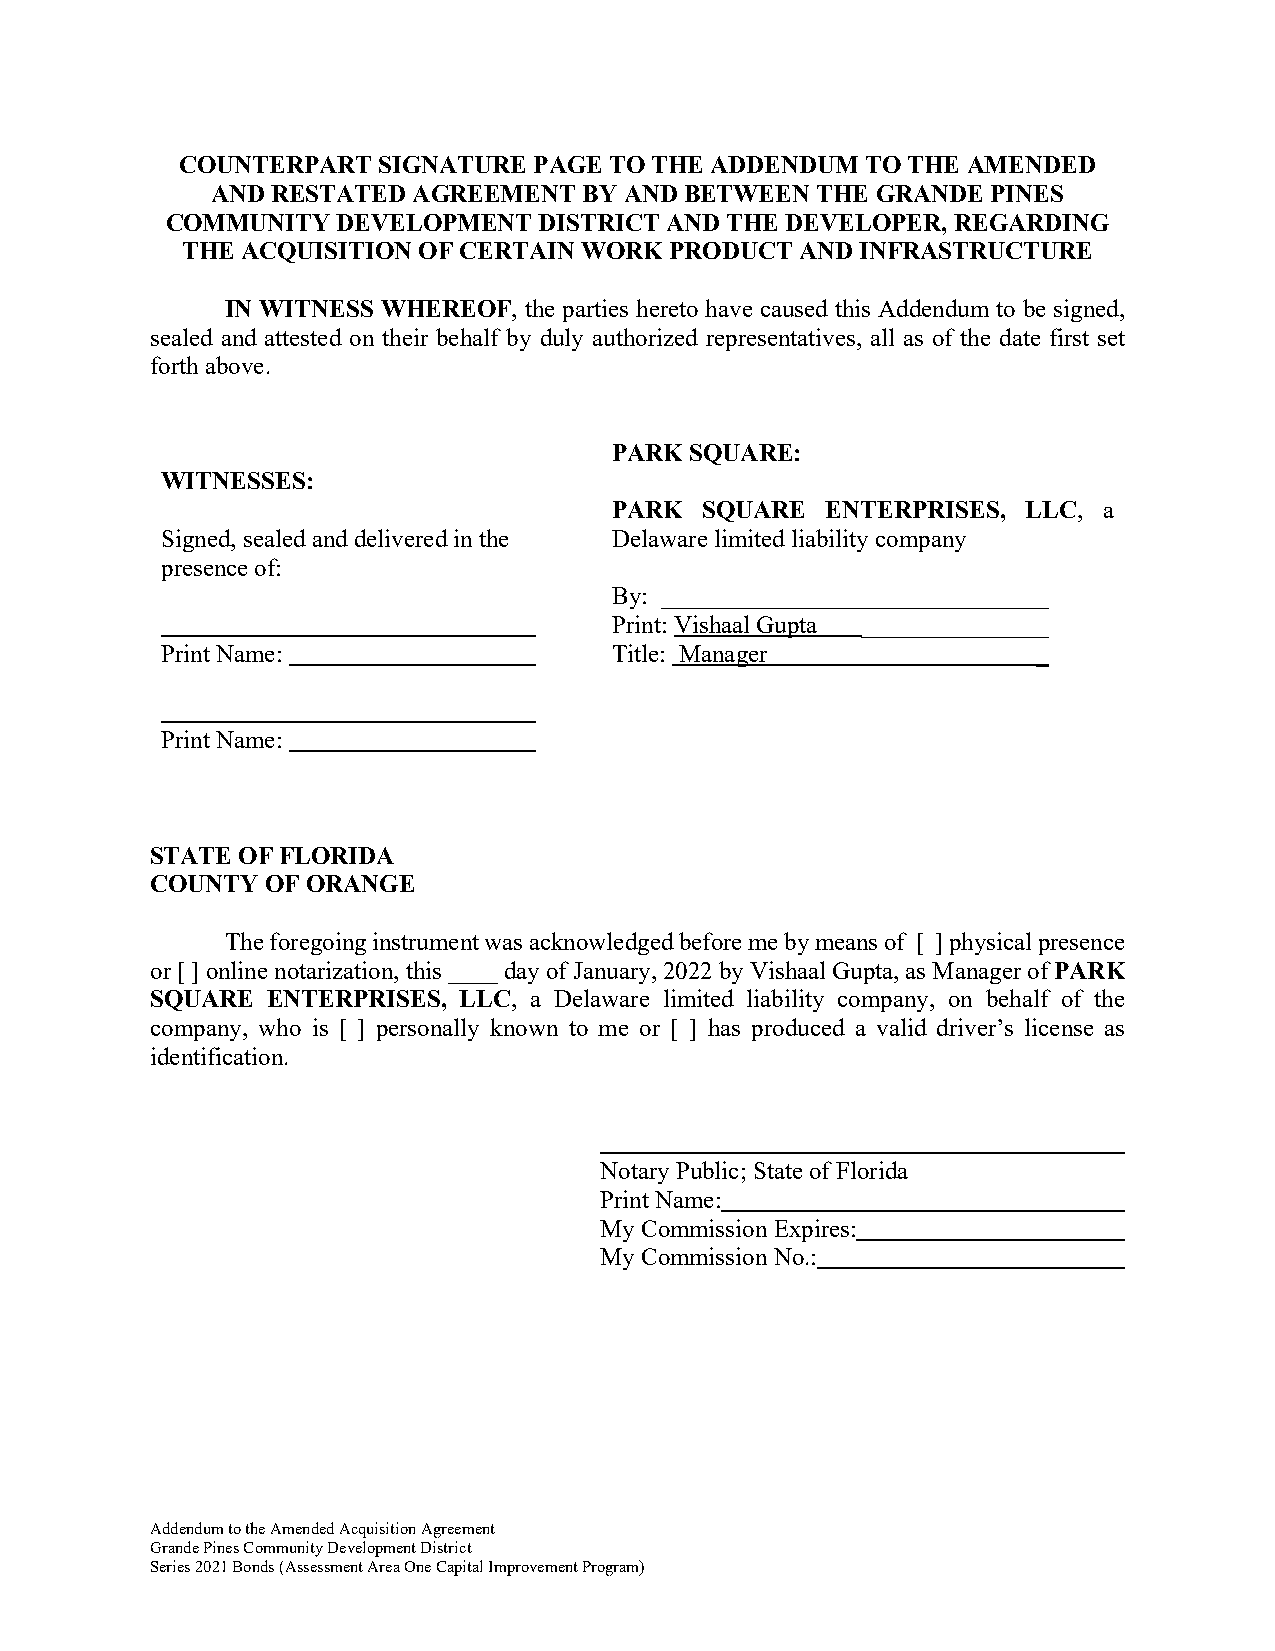
COUNTERPART  SIGNATURE PAGE TO THE ADDENDUM  TO THE AMENDED
 AND RESTATED AGREEMENT   BY AND BETWEEN THE GRANDE  PINES
 COMMUNITY  DEVELOPMENT   DISTRICT AND THE DEVELOPER, REGARDING
 THE ACQUISITION OF CERTAIN WORK PRODUCT  AND INFRASTRUCTURE
 IN WITNESS WHEREOF, the parties hereto have caused this Addendum to be signed,
 sealed and attested on their behalf by duly authorized representatives, all as of the date first set
 forth above.
 PARK SQUARE:
 WITNESSES:
 PARK SQUARE   ENTERPRISES, LLC, a
 Signed, sealed and delivered in the Delaware limited liability company
 presence of:
 By: _______________________________
 Print: Vishaal Gupta _______________
 Print Name:                   Title: Manager              _
 Print Name:
 STATE OF FLORIDA
 COUNTY  OF ORANGE
 The foregoing instrument was acknowledged before me by means of [ ] physical presence
 or [ ] online notarization, this ____ day of January, 2022 by Vishaal Gupta, as Manager of PARK
 SQUARE  ENTERPRISES, LLC, a Delaware limited liability company, on behalf of the
 company, who is [ ] personally known to me or [ ] has produced a valid driver’s license as
 identification.
 Notary Public; State of Florida
 Print Name:
 My Commission Expires:
 My Commission No.:
 Addendum to the Amended Acquisition Agreement
 Grande Pines Community Development District
 Series 2021 Bonds (Assessment Area One Capital Improvement Program)